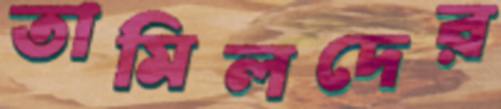
তামিলদের